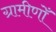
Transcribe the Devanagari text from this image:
ग्रामीणोँ